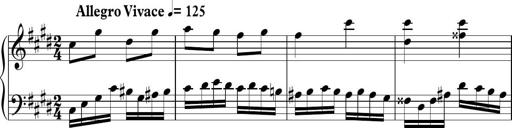
Title: Ten Piano Sonatinas
Composer: Andreas Sain